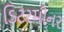
ડિટરમીનર